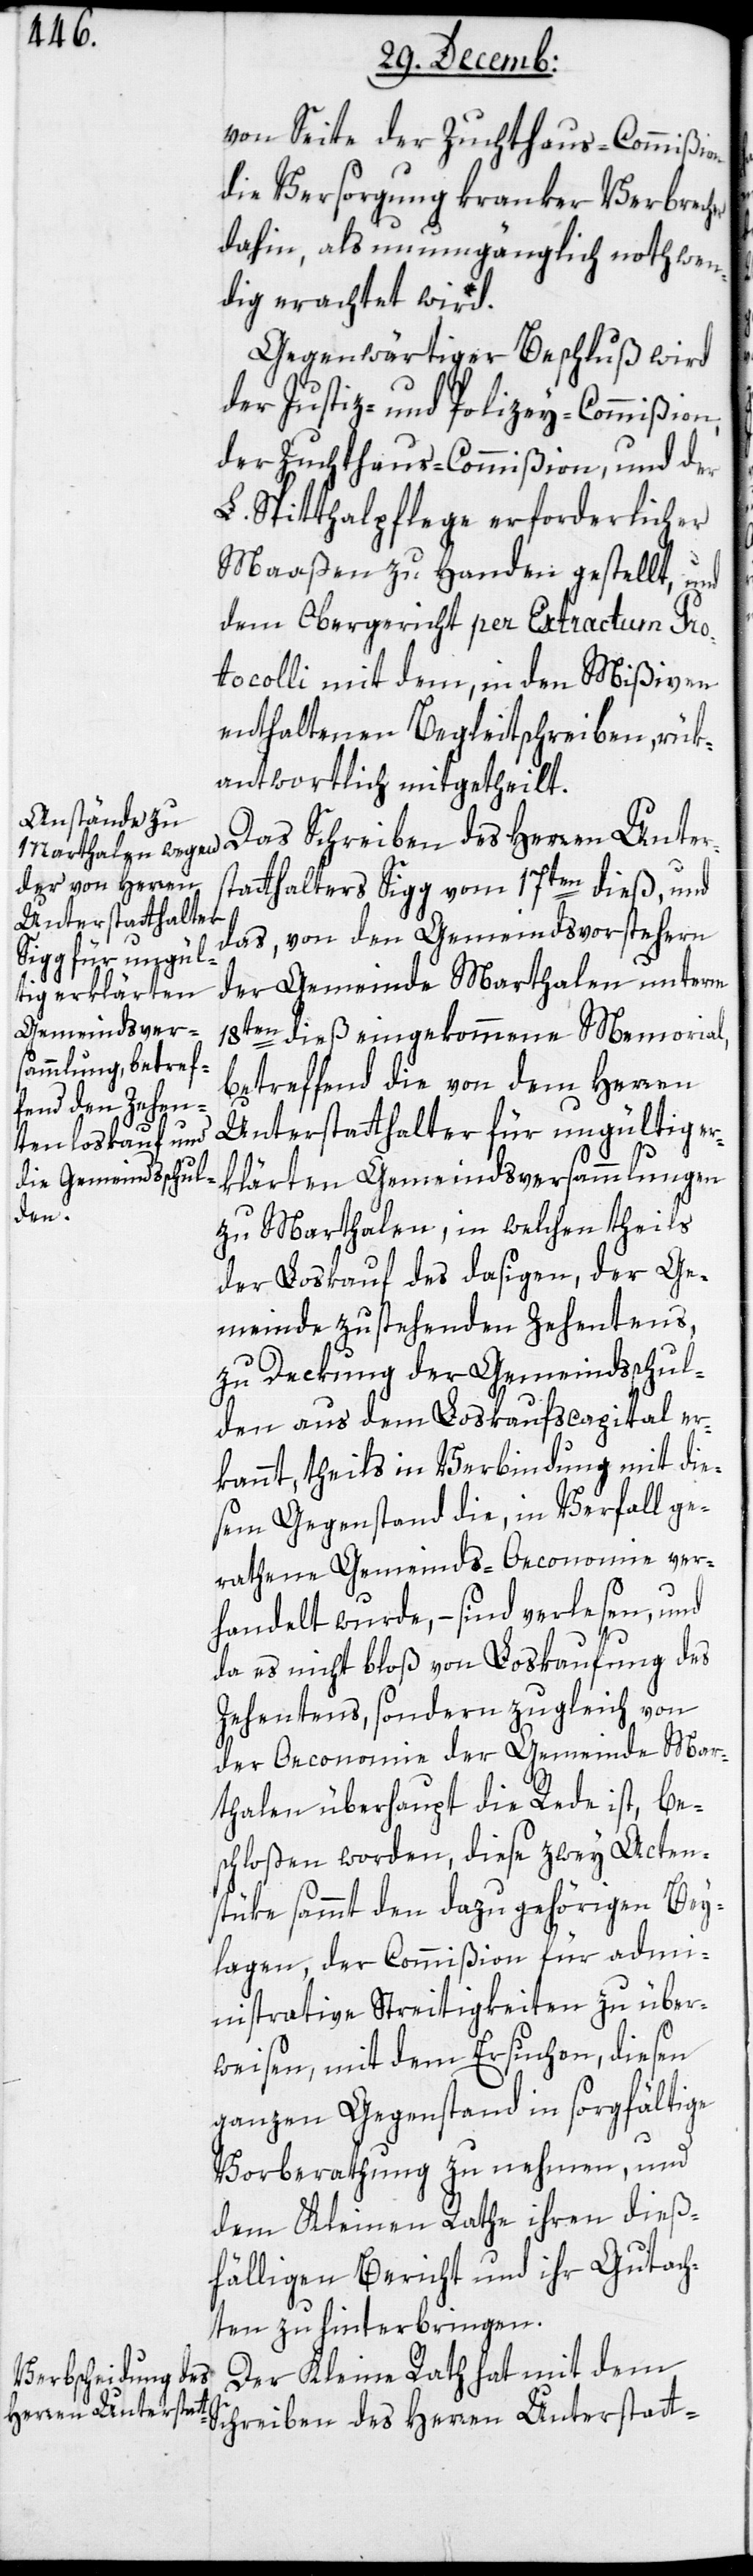
von Seite der Zuchthaus-Commißion
die Versorgung kranker Verbrech¬
dahin, als unumgänglich nothwen¬
dig erachtet wird.
Gegenwärtiger Beschluß wird
der Justiz- und Polizey-Commißion,
der Zuchthaus-Commißion und der
L. Spitthalpflege erforderlicher
Maßen zu Handen gestellt, und
dem Obergericht per Extractum pro¬
tocolli mit dem, in den Mißiven
enthaltenen Begleitschreiben, rük¬
antwortlich mitgetheilt.
thalter Sigg vom 17ten dieß, und
das von den Gemeindsvorstehern
der Gemeinde Marthalen unterm
18ten dieß eingekommene Memorial,
betreffend die von dem Herren
Unterstatthalter für ungültig er¬
klärten Gemeindsversammlungen
er
zu Marthalen, in welchen theils
der Loskauf des dasigen, der Ge¬
meinde zustehenden Zehentens,
zu Deckung der Gemeindsschul¬
den aus dem Loskaufscapital er¬
kannt, theils in Verbindung mit die¬
sem Gegenstand die, in Verfall ge¬
rathene Gemeinds-Oeconomie ver¬
handelt wurde, – sind verlesen, und
da es nicht bloß von Loskaufung des
Zehentens, sondern zugleich von
der Oeconomie der Gemeinde Mar¬
thalen überhaupt die Rede ist, be¬
schloßen worden, diese zwey Acten¬
stüke sammt den dazu gehörigen Bey¬
lagen, der Commißion für admi¬
nistrative Streitigkeiten zu über¬
weisen, mit dem Ersuchen, diesen
ganzen Gegenstand in sorgfältige
Vorberatung zu nehmen, und
dem Kleinen Rathe ihren dieß¬
fälligen Bericht und ihr Gutach¬
ten zu hinterbringen.
Der Kleine Rath hat mit dem
Schreiben des Herren Unterstatt-